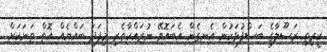
ކީރިތި ރަސޫލާގެ ބަސްފުޅަކުން އެނގެން އެބައޮވޭ ނުރައްކާތެރި މިފަދަ ބައްޔެއް އޮތް ތަނަކަށް